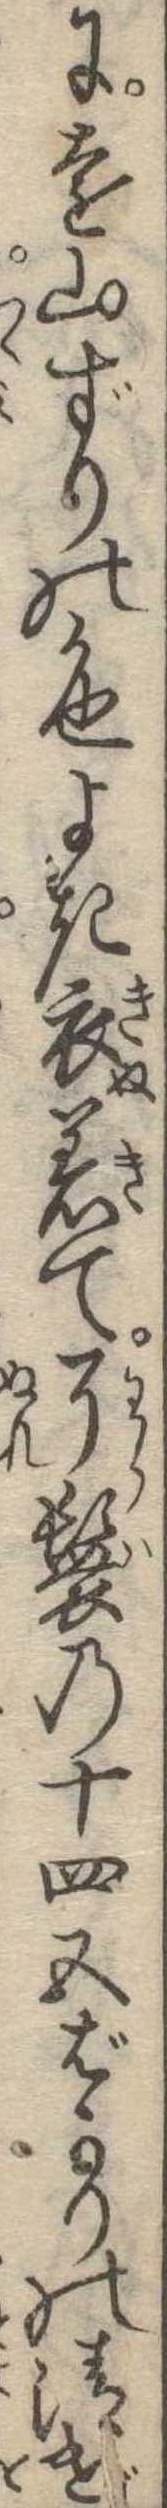
に遠山ずりの色よき衣着て了鬟の十四五ばかりの清げ